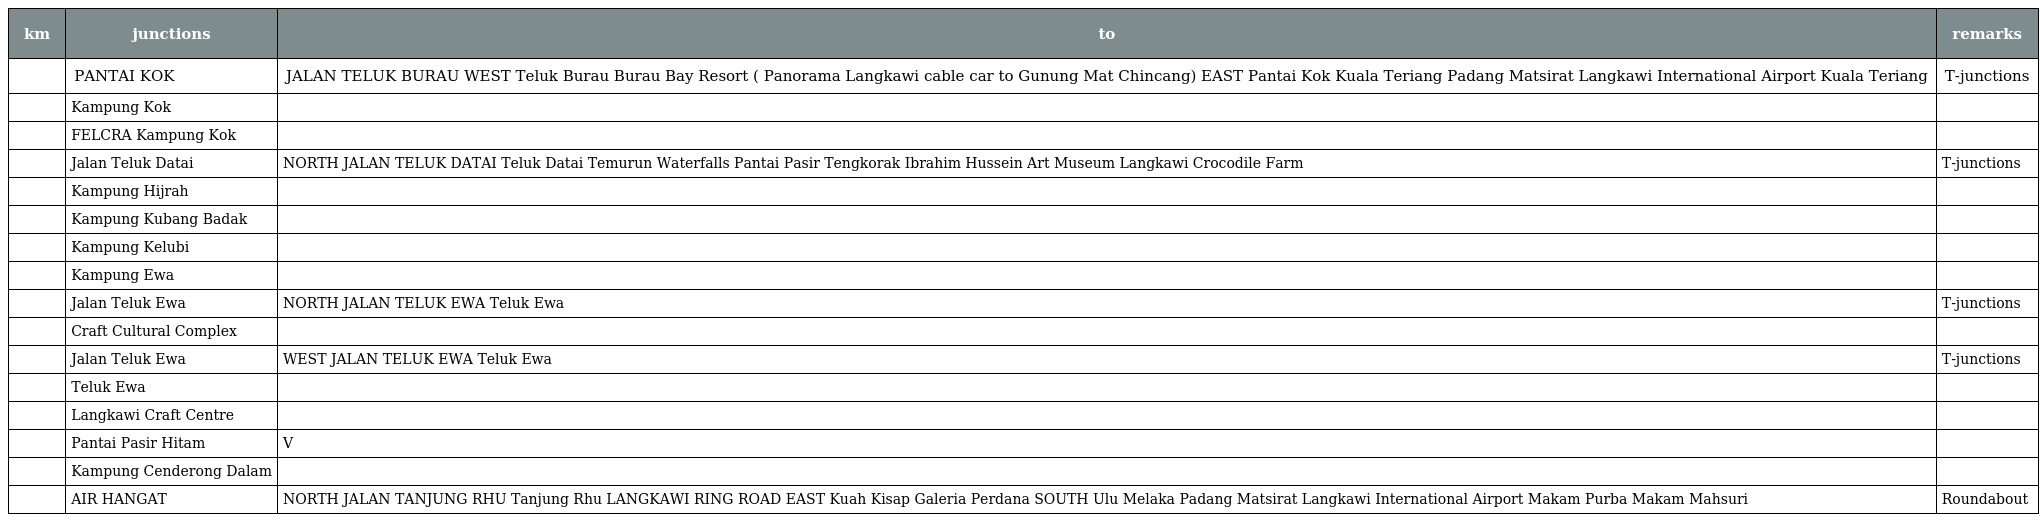
| km | junctions | to | remarks |
 | --- | --- | --- | --- |
 |  | PANTAI KOK | JALAN TELUK BURAU WEST Teluk Burau Burau Bay Resort ( Panorama Langkawi cable car to Gunung Mat Chincang) EAST Pantai Kok Kuala Teriang Padang Matsirat Langkawi International Airport Kuala Teriang | T-junctions |
 |  | Kampung Kok |  |  |
 |  | FELCRA Kampung Kok |  |  |
 |  | Jalan Teluk Datai | NORTH JALAN TELUK DATAI Teluk Datai Temurun Waterfalls Pantai Pasir Tengkorak Ibrahim Hussein Art Museum Langkawi Crocodile Farm | T-junctions |
 |  | Kampung Hijrah |  |  |
 |  | Kampung Kubang Badak |  |  |
 |  | Kampung Kelubi |  |  |
 |  | Kampung Ewa |  |  |
 |  | Jalan Teluk Ewa | NORTH JALAN TELUK EWA Teluk Ewa | T-junctions |
 |  | Craft Cultural Complex |  |  |
 |  | Jalan Teluk Ewa | WEST JALAN TELUK EWA Teluk Ewa | T-junctions |
 |  | Teluk Ewa |  |  |
 |  | Langkawi Craft Centre |  |  |
 |  | Pantai Pasir Hitam | V |  |
 |  | Kampung Cenderong Dalam |  |  |
 |  | AIR HANGAT | NORTH JALAN TANJUNG RHU Tanjung Rhu LANGKAWI RING ROAD EAST Kuah Kisap Galeria Perdana SOUTH Ulu Melaka Padang Matsirat Langkawi International Airport Makam Purba Makam Mahsuri | Roundabout |